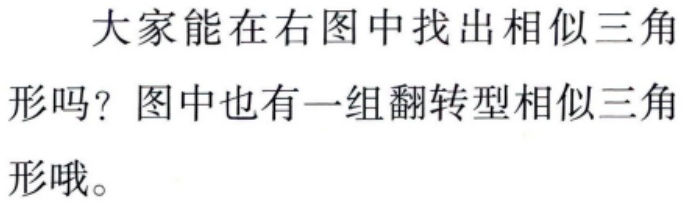
大家能在右图中找出相似三角
形吗？图中也有一组翻转型相似三角
形哦。